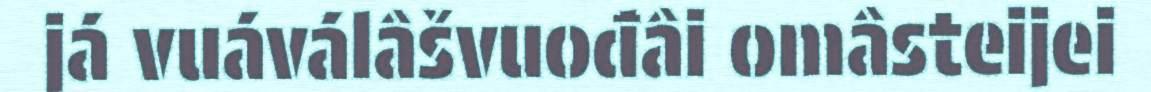
já vuáválâšvuođâi omâsteijei